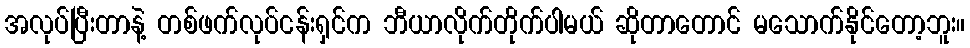
အလုပ်ပြီးတာနဲ့ တစ်ဖက်လုပ်ငန်းရှင်က ဘီယာလိုက်တိုက်ပါမယ် ဆိုတာတောင် မသောက်နိုင်တော့ဘူး။